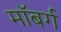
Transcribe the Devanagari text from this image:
माॅबर्ग